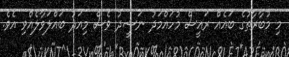
މި މުބާރާތުގެ ބައެއް ރައީސް މުހައްމަދު ނަޝީދު ވެސް މިއަދު ބައްލަވާލެއްވި އެވެ.